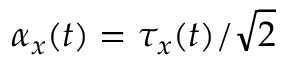
\alpha _ { x } ( t ) = \tau _ { x } ( t ) / \sqrt { 2 }